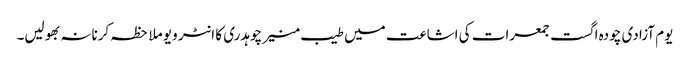
یوم آزادی چودہ اگست جمعرات کی اشاعت میں طیب منیر چوہدری کا انٹر ویو ملاحظہ کرنانہ بھولیں۔